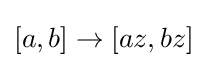
[a,b]\to [az,bz]